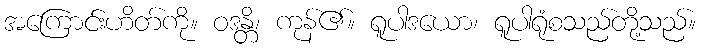
အကြောင်းဟိတ်ကို။ ဝဒန္တိ၊ ကုန်၏။ ရူပါဒယော၊ ရူပါရုံစသည်တို့သည်။